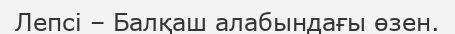
Лепсі – Балқаш алабындағы өзен.